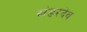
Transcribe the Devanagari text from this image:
खंडरदेव